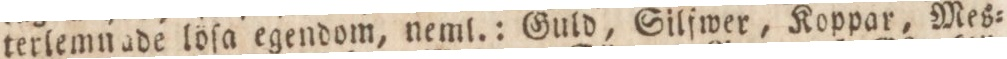
terlemnade löfa egendom, neml.: Guld, Silfwer, Koppar, Mes=